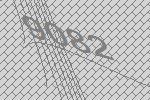
9082